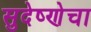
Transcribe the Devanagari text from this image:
सुदेष्णेचा